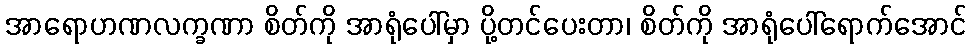
အာရောဟဏလက္ခဏာ စိတ်ကို အာရုံပေါ်မှာ ပို့တင်ပေးတာ၊ စိတ်ကို အာရုံပေါ်ရောက်အောင်